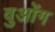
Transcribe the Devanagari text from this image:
वुओंग